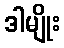
ဒါမျိုး